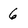
Character: 6